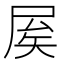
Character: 𡱢